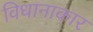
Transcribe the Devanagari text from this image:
विधानाकार